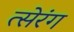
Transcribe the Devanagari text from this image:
त्सेरंग